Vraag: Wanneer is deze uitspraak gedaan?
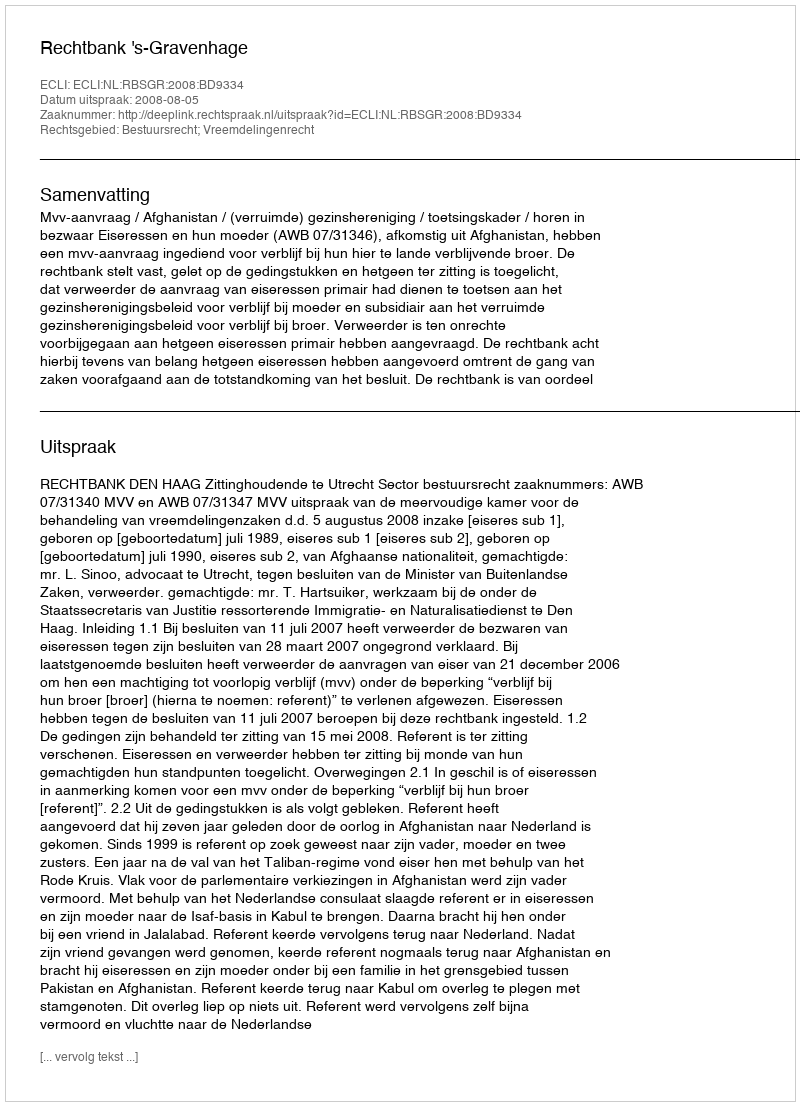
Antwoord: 2008-08-05